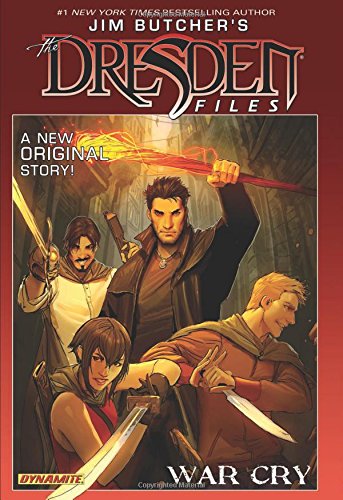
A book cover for Jim Butcher's Dresden Files: War Cry; Jim Butcher; Comics & Graphic Novels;